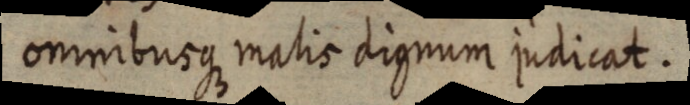
omnibusque malis dignum judicat.